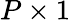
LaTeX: P\times 1